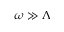
\omega \gg \Lambda